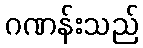
ဂဏန်းသည်